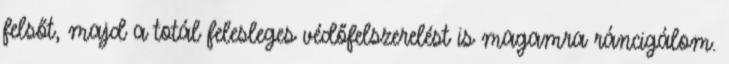
felsőt, majd a totál felesleges védőfelszerelést is magamra ráncigálom.